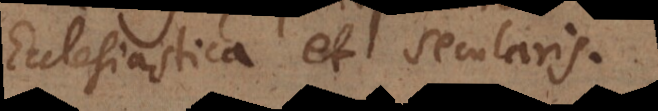
Ecclesiastica et Secularis.